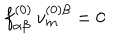
LaTeX: f _ { \alpha \beta } ^ { ( 0 ) } \, v _ { m } ^ { ( 0 ) \beta } = 0